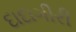
દાદાગીરી